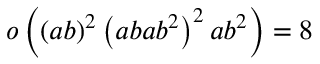
o \left( ( a b ) ^ { 2 } \left( a b a b ^ { 2 } \right) ^ { 2 } a b ^ { 2 } \right) = 8